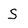
Character: S